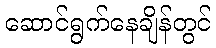
ဆောင်ရွက်နေချိန်တွင်